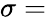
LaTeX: \sigma=